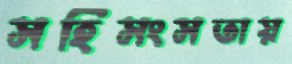
সহিসংসতায়